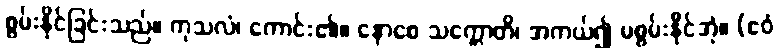
စွမ်းနိုင်ခြင်းသည်။ ကုသလံ၊ ကောင်း၏။ နောစေ သက္ကောတိ၊ အကယ်၍ မစွမ်းနိုင်အံ့။ (ဧဝံ